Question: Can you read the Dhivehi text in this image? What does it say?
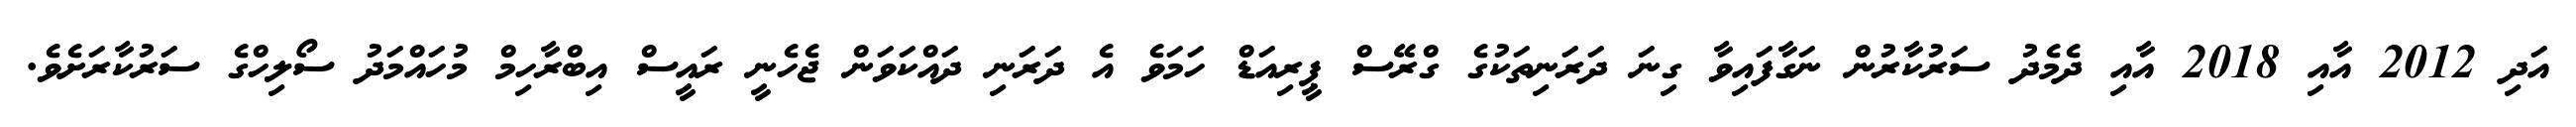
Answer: އަދި 2012 އާއި 2018 އާއި ދެމެދު ސަރުކާރުން ނަގާފައިވާ ގިނަ ދަރަނިތަކުގެ ގްރޭސް ޕީރިއަޑް ހަމަވެ އެ ދަރަނި ދައްކަވަން ޖެހެނީ ރައީސް އިބްރާހިމް މުހައްމަދު ސޯލިހްގެ ސަރުކާރަށެވެ.